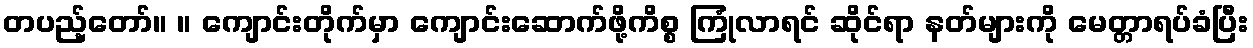
တပည့်တော်။ ။ ကျောင်းတိုက်မှာ ကျောင်းဆောက်ဖို့ကိစ္စ ကြုံလာရင် ဆိုင်ရာ နတ်များကို မေတ္တာရပ်ခံပြီး